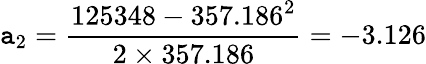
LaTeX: \mathtt{a}_{2}={\frac{{125348-357.186^{2}}}{{2\times357.186}}}=-3.126